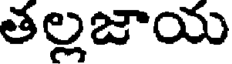
తల్లజాయ